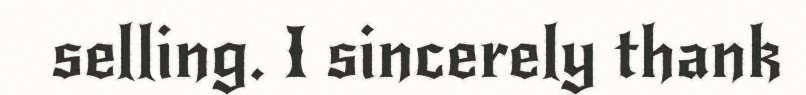
selling. I sincerely thank